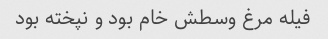
فیله مرغ وسطش خام بود و نپخته بود